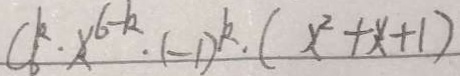
C ^ { k } _ { 6 } \cdot x ^ { 6 - k } \cdot ( - 1 ) ^ { k } \cdot ( x ^ { 2 } + x + 1 )